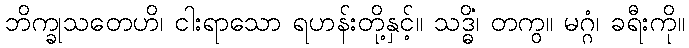
ဘိက္ခုသတေဟိ၊ ငါးရာသော ရဟန်းတို့နှင့်။ သဒ္ဓိံ၊ တကွ။ မဂ္ဂံ၊ ခရီးကို။